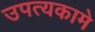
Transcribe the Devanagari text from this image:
उपत्यकामे